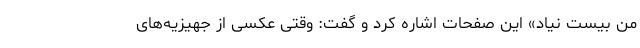
من بیست نیاد» این صفحات اشاره کرد و گفت: وقتی عکسی از جهیزیه‌های